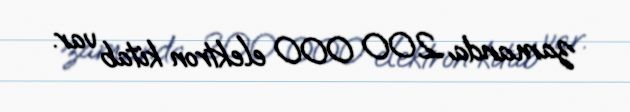
zamanda 200 000 elektron kitab var.